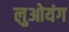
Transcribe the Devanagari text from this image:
लुओयंग